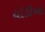
ધોડીઆ